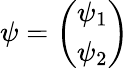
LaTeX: \psi=\left(\begin{array}{c}{{\psi_{1}}}\\ {{\psi_{2}}}\end{array}\right)